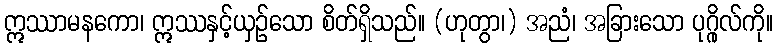
ဣဿာမနကော၊ ဣဿနှင့်ယှဉ်သော စိတ်ရှိသည်။ (ဟုတွာ၊) အညံ၊ အခြားသော ပုဂ္ဂိုလ်ကို။